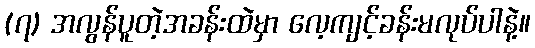
(၇) အလွန်ပူတဲ့အခန်းထဲမှာ လေ့ကျင့်ခန်းမလုပ်ပါနဲ့။